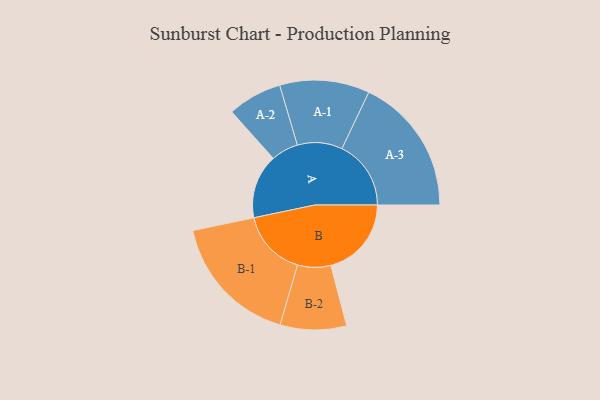
{"axis": {"x": "Segment", "y": "Value"}, "legend": ["", "A", "B"], "data": [{"x": "A", "y": 279, "type": ""}, {"x": "B", "y": 350, "type": ""}, {"x": "A-1", "y": 195, "type": "A"}, {"x": "A-2", "y": 118, "type": "A"}, {"x": "A-3", "y": 300, "type": "A"}, {"x": "B-1", "y": 288, "type": "B"}, {"x": "B-2", "y": 144, "type": "B"}]}